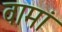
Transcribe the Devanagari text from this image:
वामां